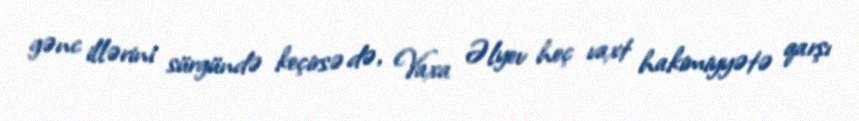
gənc illərini sürgündə keçirsə də, Vaxa Əlyev heç vaxt hakimiyyətə qarşı